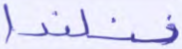
فنلندا